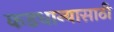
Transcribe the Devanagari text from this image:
कडधान्यासाठी